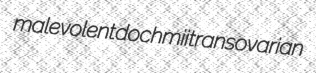
malevolent dochmii transovarian